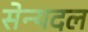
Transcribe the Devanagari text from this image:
सेन्यदल